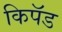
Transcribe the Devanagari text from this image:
किपॅड